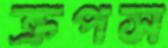
ক্রপস